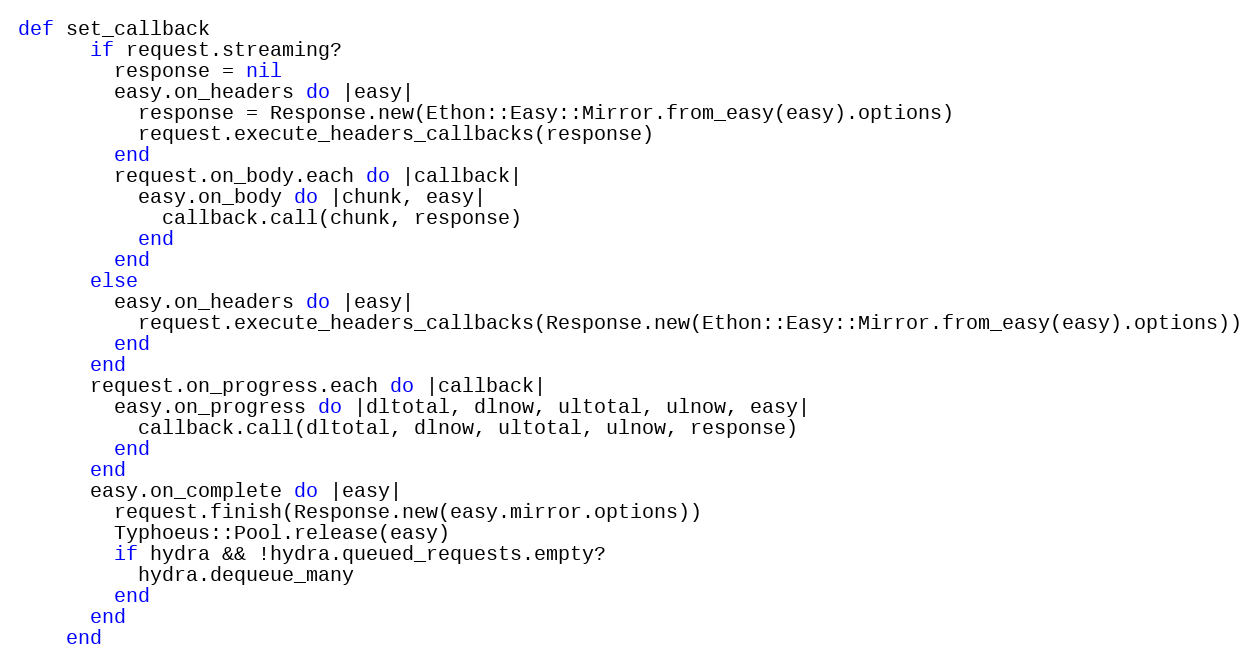
Language: Ruby
def set_callback
      if request.streaming?
        response = nil
        easy.on_headers do |easy|
          response = Response.new(Ethon::Easy::Mirror.from_easy(easy).options)
          request.execute_headers_callbacks(response)
        end
        request.on_body.each do |callback|
          easy.on_body do |chunk, easy|
            callback.call(chunk, response)
          end
        end
      else
        easy.on_headers do |easy|
          request.execute_headers_callbacks(Response.new(Ethon::Easy::Mirror.from_easy(easy).options))
        end
      end
      request.on_progress.each do |callback|
        easy.on_progress do |dltotal, dlnow, ultotal, ulnow, easy|
          callback.call(dltotal, dlnow, ultotal, ulnow, response)
        end
      end
      easy.on_complete do |easy|
        request.finish(Response.new(easy.mirror.options))
        Typhoeus::Pool.release(easy)
        if hydra && !hydra.queued_requests.empty?
          hydra.dequeue_many
        end
      end
    end